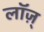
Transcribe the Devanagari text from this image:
लॉज़्